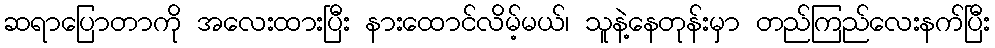
ဆရာပြောတာကို အလေးထားပြီး နားထောင်လိမ့်မယ်၊ သူနဲ့နေတုန်းမှာ တည်ကြည်လေးနက်ပြီး